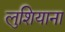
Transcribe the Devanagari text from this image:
लुशियाना